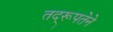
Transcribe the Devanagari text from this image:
तद्‌रूपतेने